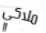
ملاكي